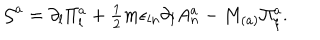
{ \cal G } ^ { a } = \partial _ { l } \Pi _ { l } ^ { a } + \textstyle { \frac { 1 } { 2 } } m \epsilon _ { l n } \partial _ { l } A _ { n } ^ { a } - M _ { ( a ) } \Pi _ { \xi } ^ { a } .